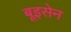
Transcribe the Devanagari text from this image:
बूइसेन